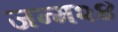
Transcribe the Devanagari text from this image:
जन्म२४